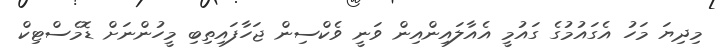
މިދިޔަ މަހު އެގައުމުގެ ގައުމީ އެއާލައިންއިން ވަނީ ވެކްސިން ޖަހާފައިތިބި މީހުންނަށް ޑޮމެސްޓިކް